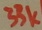
Text: 33k